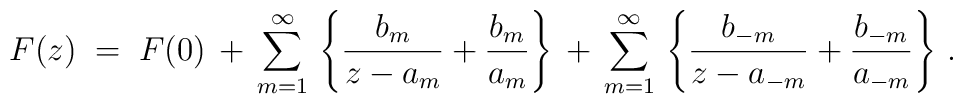
F (z) \; = \; F (0) \, + \, \sum_{m=1}^{\infty} \,\left\{ \frac{b_m}{z - a_m} + \frac{b_m}{a_m} \right\} \, + \,\sum_{m=1}^{\infty} \,\left\{ \frac{b_{-m}}{z - a_{-m}} + \frac{b_{-m}}{a_{-m}} \right\} \, .